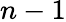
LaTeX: n-1